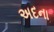
અદના